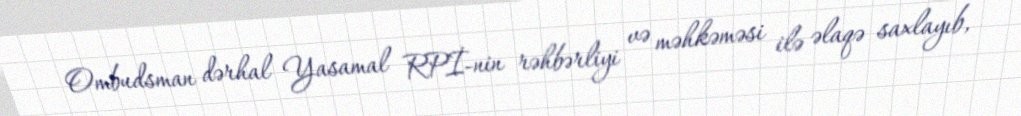
Ombudsman dərhal Yasamal RPİ-nin rəhbərliyi və məhkəməsi ilə əlaqə saxlayıb,